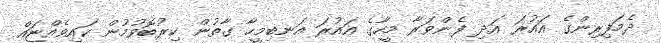
ދެމަފިރިންގެ އައުރަ އަދި ފެންވަރާ މީހާގެ އައުރަ އަނބިމީހާ ގާތުން ކިރުބޮވުމުން ކައިވެއްޏައް